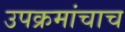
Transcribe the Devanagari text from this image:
उपक्रमांचाच